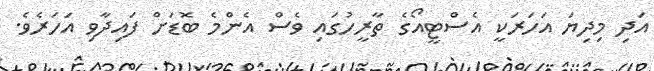
އަދި މިދިޔަ އަހަރަކީ އެސްޓީއޯގެ ތާރީހުގައި ވެސް އެންމެ ބޮޑަށް ފައިދާވި އަހަރެވެ.